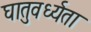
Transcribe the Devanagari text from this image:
घातुवर्ध्यता